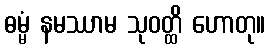
ဓမ္မံ နမဿာမ သုဝတ္ထိ ဟောတု။